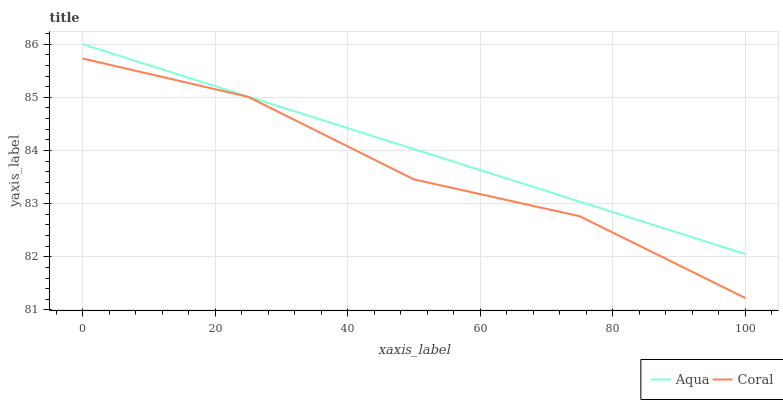
| xaxis_label | Aqua | Coral |
 | --- | --- | --- |
 | 0 | 86 | 85.7 |
 | 25 | 85 | 85 |
 | 50 | 84 | 83.5 |
 | 75 | 83 | 82.8 |
 | 100 | 82.1 | 81.2 |